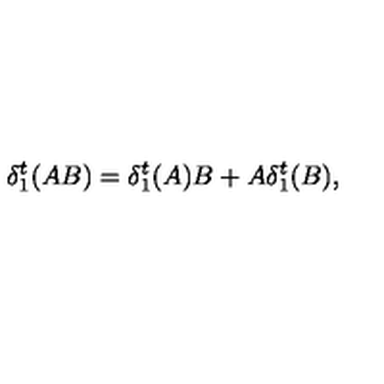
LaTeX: \delta _ { 1 } ^ { t } ( A B ) = \delta _ { 1 } ^ { t } ( A ) B + A \delta _ { 1 } ^ { t } ( B ) ,